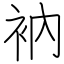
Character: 衲